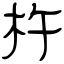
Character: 杵